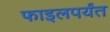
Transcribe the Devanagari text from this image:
फाइलपर्यंत